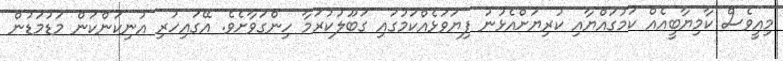
މިއީވެސް ކާމިޔާބީއެއް ކަމުގައްޔާއި ކުރިޔަށްއެޅުނު ފިޔަވަޅެއްކަމުގައި ގަބޫލުކުރަމާ ހިންގަވާށެވެ. އޭގައިހުރި އުނިކަންކަން މަޑުމަޑުން